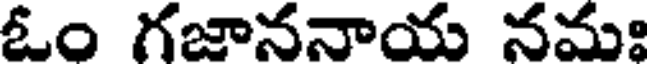
ఓం గజాననాయ నమః